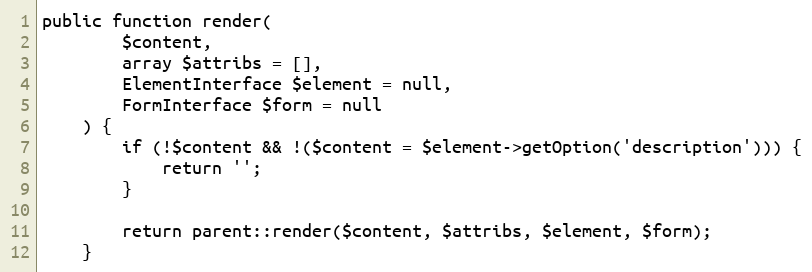
Language: PHP
public function render(
        $content,
        array $attribs = [],
        ElementInterface $element = null,
        FormInterface $form = null
    ) {
        if (!$content && !($content = $element->getOption('description'))) {
            return '';
        }

        return parent::render($content, $attribs, $element, $form);
    }